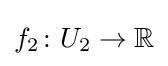
f_{2}\colon U_{2}\to \mathbb {R}